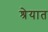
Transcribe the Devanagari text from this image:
श्रेयात